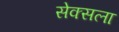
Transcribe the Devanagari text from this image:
सेक्सला